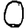
Digit: 0